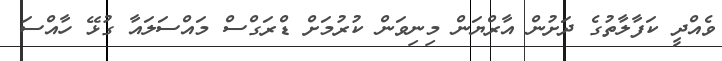
ވެއްދީ ކަފާލާތުގެ ދަށުން އާރްޔަން މިނިވަން ކުރުމަށް ޑްރަގްސް މައްސަލައާ ގުޅޭ ހާއްސަ